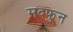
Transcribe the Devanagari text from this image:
मदफुन